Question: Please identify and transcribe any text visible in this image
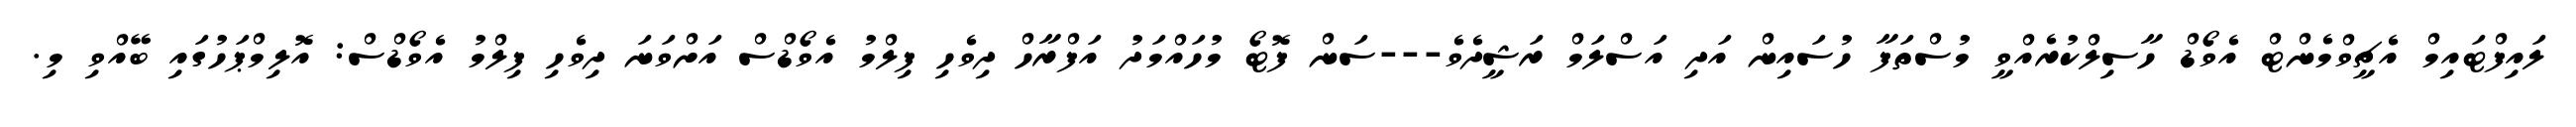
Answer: ލައިފްޓައިމް އެޗީވްމެންޓް އެވޯޑް ހާސިލްކުރެއްވީ މުސްތަފާ ހުސައިން އަދި އަސްލަމް ރަޝީދެވެ---ސަން ފޮޓޯ މުހައްމަދު އަފްރާހް ދިވެހި ފިލްމު އެވޯޑްސް އަށްވަނަ ދިވެހި ފިލްމު އެވޯޑްސް: އޮލިމްޕަހުގައި ބޭއްވި މި.